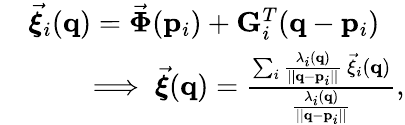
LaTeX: \begin{array}{rl}&{\vec{\boldsymbol{\xi}}_{i}({\mathbf q})=\vec{\boldsymbol{\Phi}}({\mathbf p}_{i})+{\mathbf G}_{i}^{T}({\mathbf q}-{\mathbf p}_{i})}\\ &{\qquad\implies\vec{\boldsymbol{\xi}}({\mathbf q})=\frac{\sum_{i}\frac{\lambda_{i}({\mathbf q})}{||{\mathbf q}-{\mathbf p}_{i}||}\, \vec{\mathbf\xi}_{i}({\mathbf q})}{\frac{\lambda_{i}({\mathbf q})}{||{\mathbf q}-{\mathbf p}_{i}||}},}\end{array}